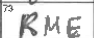
Transcription: RME